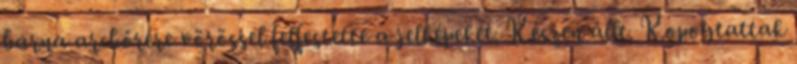
barna arcbőrére vörössel felfestette a jelképeket. Készen állt. Kopogtattak